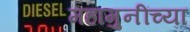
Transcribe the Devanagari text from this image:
महामुनींच्या